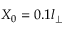
X _ { 0 } = 0 . 1 l _ { \perp }